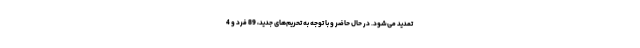
تمدید می‌شود. در حال حاضر و با توجه به تحریم‌های جدید، 89 فرد و 4